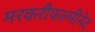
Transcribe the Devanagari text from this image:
मरकरीफल्मीनेट